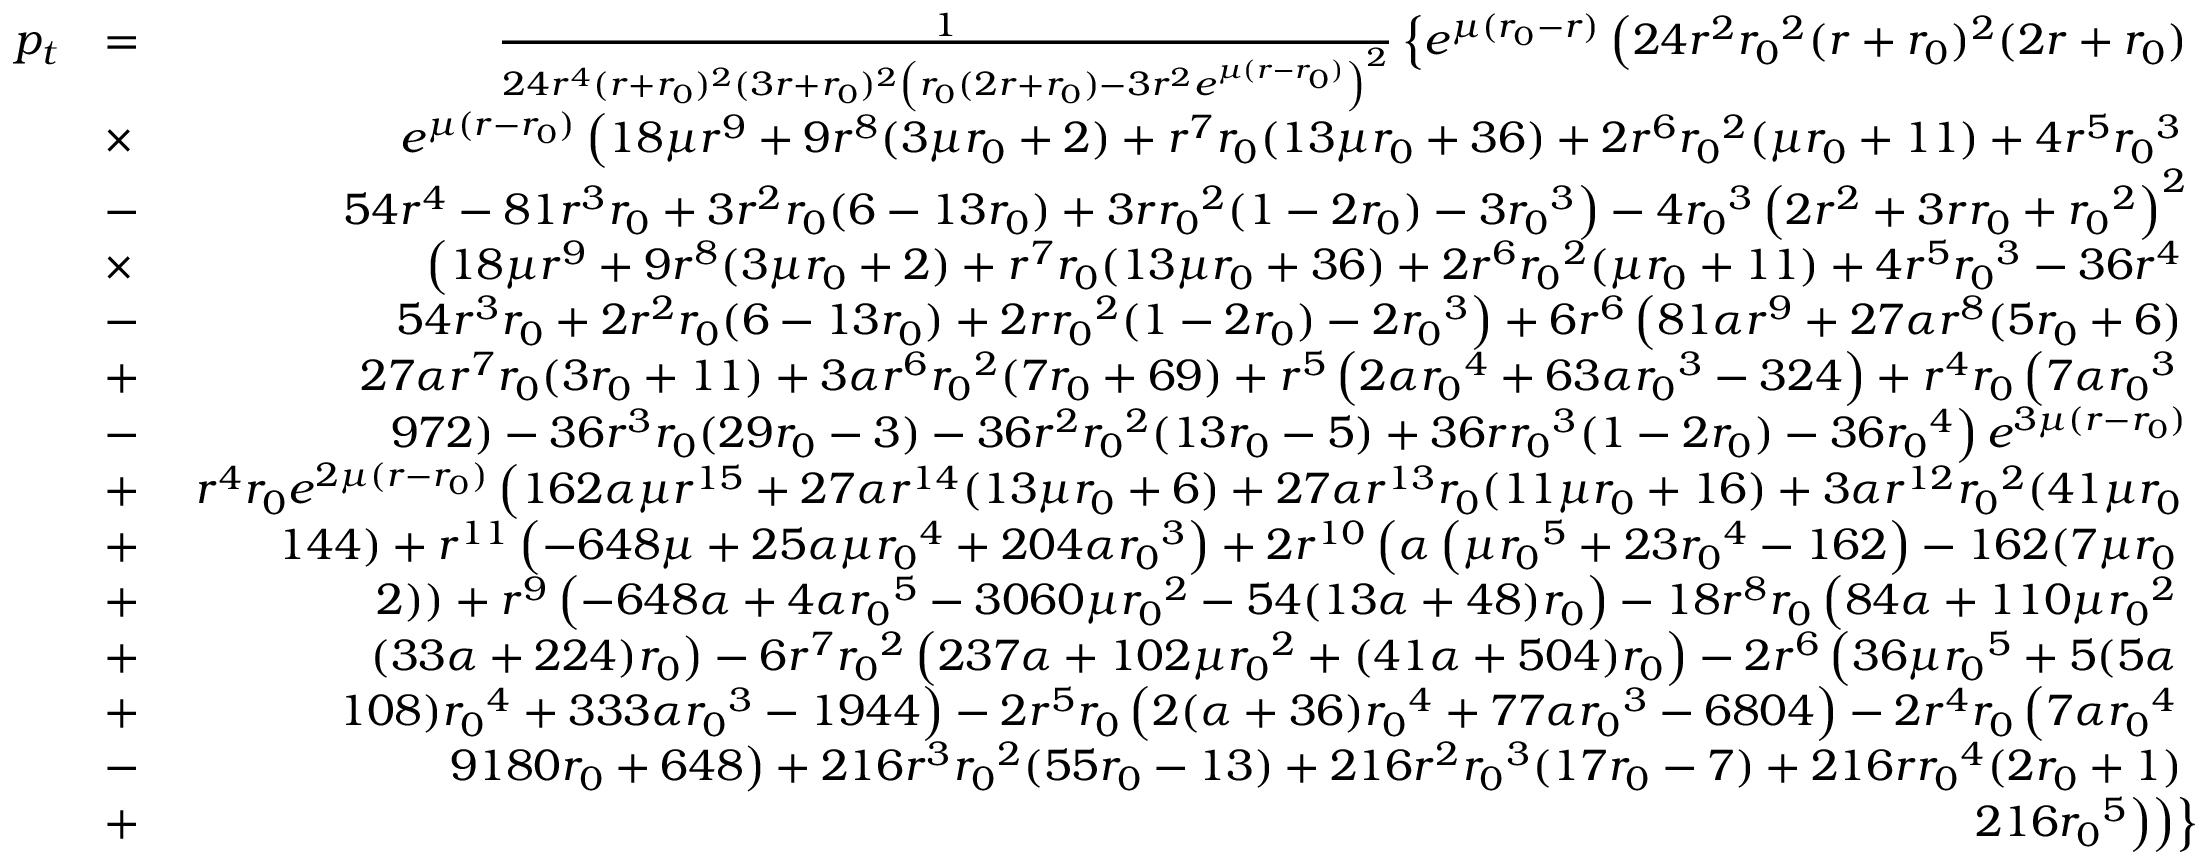
\begin{array} { r l r } { p _ { t } } & { = } & { \frac { 1 } { 2 4 r ^ { 4 } ( r + { r _ { 0 } } ) ^ { 2 } ( 3 r + { r _ { 0 } } ) ^ { 2 } \left( { r _ { 0 } } ( 2 r + { r _ { 0 } } ) - 3 r ^ { 2 } e ^ { \mu ( r - { r _ { 0 } } ) } \right) ^ { 2 } } \left\lbrace e ^ { \mu ( { r _ { 0 } } - r ) } \left( 2 4 r ^ { 2 } { r _ { 0 } } ^ { 2 } ( r + { r _ { 0 } } ) ^ { 2 } ( 2 r + { r _ { 0 } } ) \right. \right. } \\ & { \times } & { \left. \left. e ^ { \mu ( r - { r _ { 0 } } ) } \left( 1 8 \mu r ^ { 9 } + 9 r ^ { 8 } ( 3 \mu { r _ { 0 } } + 2 ) + r ^ { 7 } { r _ { 0 } } ( 1 3 \mu { r _ { 0 } } + 3 6 ) + 2 r ^ { 6 } { r _ { 0 } } ^ { 2 } ( \mu { r _ { 0 } } + 1 1 ) + 4 r ^ { 5 } { r _ { 0 } } ^ { 3 } \right. \right. \right. } \\ & { - } & { \left. \left. \left. 5 4 r ^ { 4 } - 8 1 r ^ { 3 } { r _ { 0 } } + 3 r ^ { 2 } { r _ { 0 } } ( 6 - 1 3 { r _ { 0 } } ) + 3 r { r _ { 0 } } ^ { 2 } ( 1 - 2 { r _ { 0 } } ) - 3 { r _ { 0 } } ^ { 3 } \right) - 4 { r _ { 0 } } ^ { 3 } \left( 2 r ^ { 2 } + 3 r { r _ { 0 } } + { r _ { 0 } } ^ { 2 } \right) ^ { 2 } \right. \right. } \\ & { \times } & { \left. \left. \left( 1 8 \mu r ^ { 9 } + 9 r ^ { 8 } ( 3 \mu { r _ { 0 } } + 2 ) + r ^ { 7 } { r _ { 0 } } ( 1 3 \mu { r _ { 0 } } + 3 6 ) + 2 r ^ { 6 } { r _ { 0 } } ^ { 2 } ( \mu { r _ { 0 } } + 1 1 ) + 4 r ^ { 5 } { r _ { 0 } } ^ { 3 } - 3 6 r ^ { 4 } \right. \right. \right. } \\ & { - } & { \left. \left. \left. 5 4 r ^ { 3 } { r _ { 0 } } + 2 r ^ { 2 } { r _ { 0 } } ( 6 - 1 3 { r _ { 0 } } ) + 2 r { r _ { 0 } } ^ { 2 } ( 1 - 2 { r _ { 0 } } ) - 2 { r _ { 0 } } ^ { 3 } \right) + 6 r ^ { 6 } \left( 8 1 \alpha r ^ { 9 } + 2 7 \alpha r ^ { 8 } ( 5 { r _ { 0 } } + 6 ) \right. \right. \right. } \\ & { + } & { \left. \left. \left. 2 7 \alpha r ^ { 7 } { r _ { 0 } } ( 3 { r _ { 0 } } + 1 1 ) + 3 \alpha r ^ { 6 } { r _ { 0 } } ^ { 2 } ( 7 { r _ { 0 } } + 6 9 ) + r ^ { 5 } \left( 2 \alpha { r _ { 0 } } ^ { 4 } + 6 3 \alpha { r _ { 0 } } ^ { 3 } - 3 2 4 \right) + r ^ { 4 } { r _ { 0 } } \left( 7 \alpha { r _ { 0 } } ^ { 3 } \right. \right. \right. \right. } \\ & { - } & { \left. \left. \left. \left. 9 7 2 \right) - 3 6 r ^ { 3 } { r _ { 0 } } ( 2 9 { r _ { 0 } } - 3 ) - 3 6 r ^ { 2 } { r _ { 0 } } ^ { 2 } ( 1 3 { r _ { 0 } } - 5 ) + 3 6 r { r _ { 0 } } ^ { 3 } ( 1 - 2 { r _ { 0 } } ) - 3 6 { r _ { 0 } } ^ { 4 } \right) e ^ { 3 \mu ( r - { r _ { 0 } } ) } \right. \right. } \\ & { + } & { \left. \left. r ^ { 4 } { r _ { 0 } } e ^ { 2 \mu ( r - { r _ { 0 } } ) } \left( 1 6 2 \alpha \mu r ^ { 1 5 } + 2 7 \alpha r ^ { 1 4 } ( 1 3 \mu { r _ { 0 } } + 6 ) + 2 7 \alpha r ^ { 1 3 } { r _ { 0 } } ( 1 1 \mu { r _ { 0 } } + 1 6 ) + 3 \alpha r ^ { 1 2 } { r _ { 0 } } ^ { 2 } ( 4 1 \mu { r _ { 0 } } \right. \right. \right. } \\ & { + } & { \left. \left. \left. 1 4 4 ) + r ^ { 1 1 } \left( - 6 4 8 \mu + 2 5 \alpha \mu { r _ { 0 } } ^ { 4 } + 2 0 4 \alpha { r _ { 0 } } ^ { 3 } \right) + 2 r ^ { 1 0 } \left( \alpha \left( \mu { r _ { 0 } } ^ { 5 } + 2 3 { r _ { 0 } } ^ { 4 } - 1 6 2 \right) - 1 6 2 ( 7 \mu { r _ { 0 } } \right. \right. \right. \right. } \\ & { + } & { \left. \left. \left. \left. 2 ) \right) + r ^ { 9 } \left( - 6 4 8 \alpha + 4 \alpha { r _ { 0 } } ^ { 5 } - 3 0 6 0 \mu { r _ { 0 } } ^ { 2 } - 5 4 ( 1 3 \alpha + 4 8 ) { r _ { 0 } } \right) - 1 8 r ^ { 8 } { r _ { 0 } } \left( 8 4 \alpha + 1 1 0 \mu { r _ { 0 } } ^ { 2 } \right. \right. \right. \right. } \\ & { + } & { \left. \left. \left. \left. ( 3 3 \alpha + 2 2 4 ) { r _ { 0 } } \right) - 6 r ^ { 7 } { r _ { 0 } } ^ { 2 } \left( 2 3 7 \alpha + 1 0 2 \mu { r _ { 0 } } ^ { 2 } + ( 4 1 \alpha + 5 0 4 ) { r _ { 0 } } \right) - 2 r ^ { 6 } \left( 3 6 \mu { r _ { 0 } } ^ { 5 } + 5 ( 5 \alpha \right. \right. \right. \right. } \\ & { + } & { \left. \left. \left. \left. 1 0 8 ) { r _ { 0 } } ^ { 4 } + 3 3 3 \alpha { r _ { 0 } } ^ { 3 } - 1 9 4 4 \right) - 2 r ^ { 5 } { r _ { 0 } } \left( 2 ( \alpha + 3 6 ) { r _ { 0 } } ^ { 4 } + 7 7 \alpha { r _ { 0 } } ^ { 3 } - 6 8 0 4 \right) - 2 r ^ { 4 } { r _ { 0 } } \left( 7 \alpha { r _ { 0 } } ^ { 4 } \right. \right. \right. \right. } \\ & { - } & { \left. \left. \left. \left. 9 1 8 0 { r _ { 0 } } + 6 4 8 \right) + 2 1 6 r ^ { 3 } { r _ { 0 } } ^ { 2 } ( 5 5 { r _ { 0 } } - 1 3 ) + 2 1 6 r ^ { 2 } { r _ { 0 } } ^ { 3 } ( 1 7 { r _ { 0 } } - 7 ) + 2 1 6 r { r _ { 0 } } ^ { 4 } ( 2 { r _ { 0 } } + 1 ) \right. \right. \right. } \\ & { + } & { \left. \left. \left. 2 1 6 { r _ { 0 } } ^ { 5 } \right) \right) \right\rbrace } \end{array}